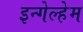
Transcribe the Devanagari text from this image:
इन्गेल्हेम